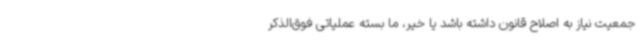
جمعیت نیاز به اصلاح قانون داشته باشد یا خیر، ما بسته عملیاتی فوق‌الذکر